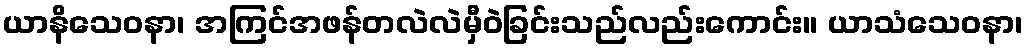
ယာနိသေဝနာ၊ အကြင်အဖန်တလဲလဲမှီဝဲခြင်းသည်လည်းကောင်း။ ယာသံသေဝနာ၊